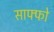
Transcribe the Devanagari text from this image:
साफ्फो